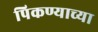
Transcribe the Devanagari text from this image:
पिकण्याच्या